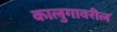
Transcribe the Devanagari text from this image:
कालुगावरील